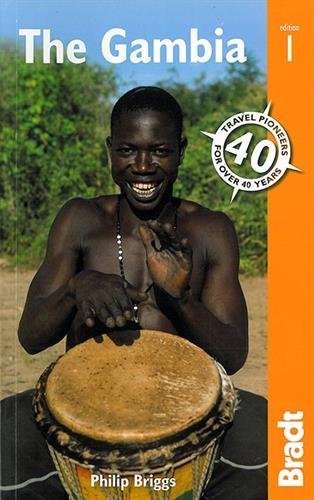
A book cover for The Gambia (Bradt Travel Guides) by Briggs, Philip (2014) Paperback; Philip Briggs; Travel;